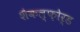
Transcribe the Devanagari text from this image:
शैकल्फ़ोर्ड